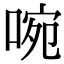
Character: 啘